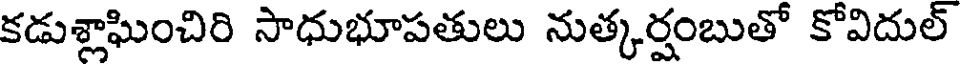
కడుశ్లాఘించిరి సాధుభూపతులు నుత్కర్షంబుతో కోవిదుల్